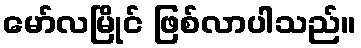
မော်လမြိုင် ဖြစ်လာပါသည်။